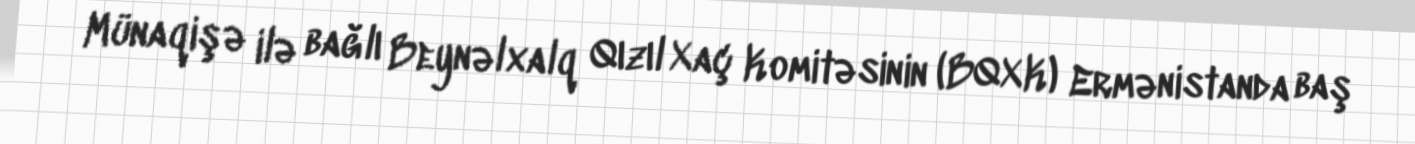
Münaqişə ilə bağlı Beynəlxalq Qızıl Xaç Komitəsinin (BQXK) Ermənistanda baş